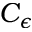
C _ { \epsilon }